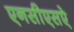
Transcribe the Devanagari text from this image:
एनसीएसऐ